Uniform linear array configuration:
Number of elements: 48
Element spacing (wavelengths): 0.75
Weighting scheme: kaiser
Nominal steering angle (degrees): -45
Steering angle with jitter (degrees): -43.48
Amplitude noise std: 0.05
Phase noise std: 0.05

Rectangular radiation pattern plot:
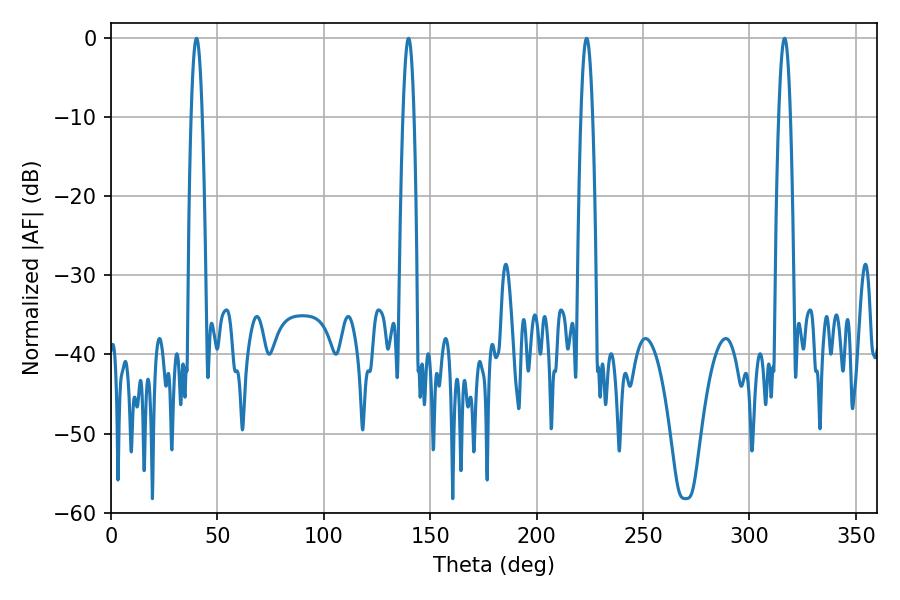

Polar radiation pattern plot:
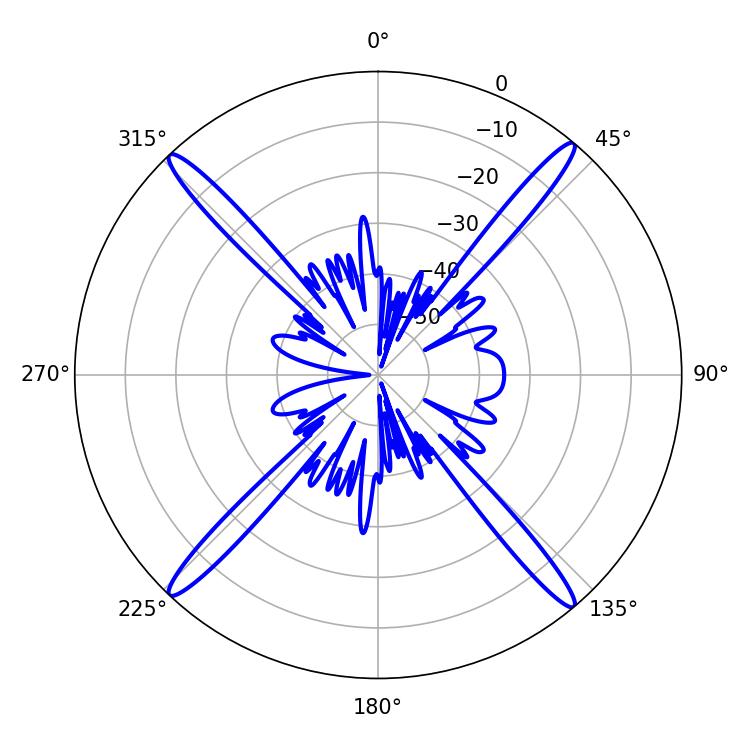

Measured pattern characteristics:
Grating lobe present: TRUE
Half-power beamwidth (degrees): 2.7
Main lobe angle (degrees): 40.14